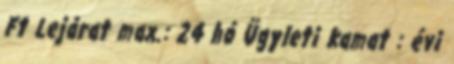
Ft Lejárat max.: 24 hó Ügyleti kamat : évi